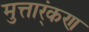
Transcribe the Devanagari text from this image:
मुत्तार्ंकण